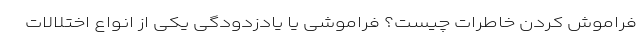
فراموش کردن خاطرات چیست؟ فراموشی یا یادزدودگی یکی از انواع اختلالات